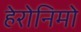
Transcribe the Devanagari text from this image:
हेरोनिमो